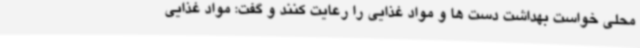
محلی خواست بهداشت دست ها و مواد غذایی را رعایت کنند و گفت: مواد غذایی